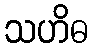
သဟိဓ